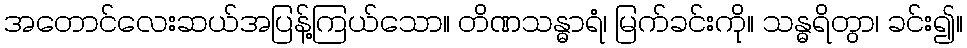
အတောင်လေးဆယ်အပြန့်ကြယ်သော။ တိဏသန္ဓာရံ၊ မြက်ခင်းကို။ သန္ဓရိတွာ၊ ခင်း၍။